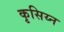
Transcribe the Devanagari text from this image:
कृसिय्न